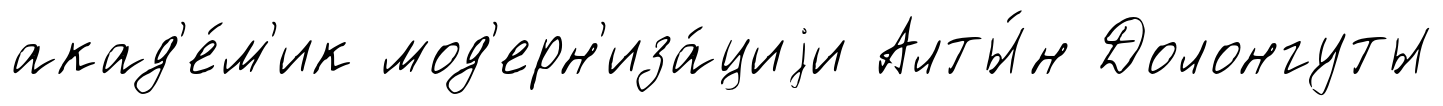
акад'е́м'ик мод'ерн'иза́циjи Алты́н Долонгуты